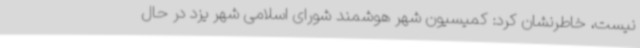
نیست، خاطرنشان کرد: کمیسیون شهر هوشمند شورای اسلامی شهر یزد در حال